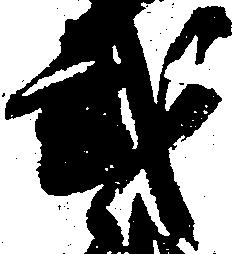
弐